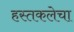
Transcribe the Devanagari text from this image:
हस्तकलेचा